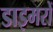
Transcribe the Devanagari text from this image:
डाइमरों